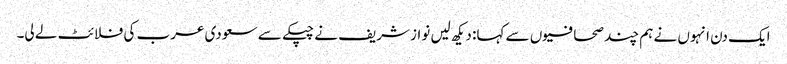
ایک دن انہوں نے ہم چند صحافیوں سے کہا: دیکھ لیں نواز شریف نے چپکے سے سعودی عرب کی فلائٹ لے لی۔